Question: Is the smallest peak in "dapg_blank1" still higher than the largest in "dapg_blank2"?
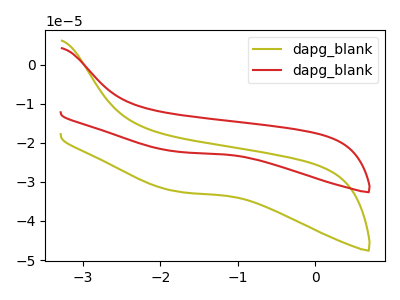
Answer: <think>The olive curve "dapg_blank1" has no peaks. The red curve "dapg_blank2" has no peaks.</think>
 <answer>Niether CV has any peaks.</answer>
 <eval>blanks</eval>